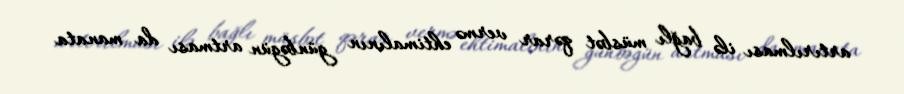
artırılması ilə bağlı müsbət qərar vermə ehtimalının günbəgün artması da manata